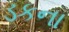
ડકના